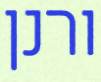
ורנן